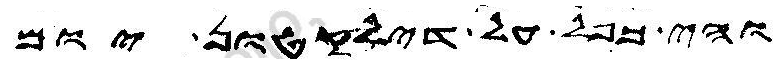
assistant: והי כפל על דילקטון יום